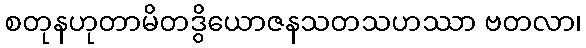
စတုနဟုတာမိတဒွိယောဇနသတသဟဿာ ဗတလာ၊